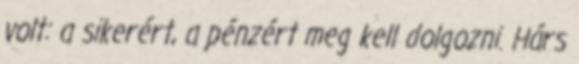
volt: a sikerért, a pénzért meg kell dolgozni. Hárs